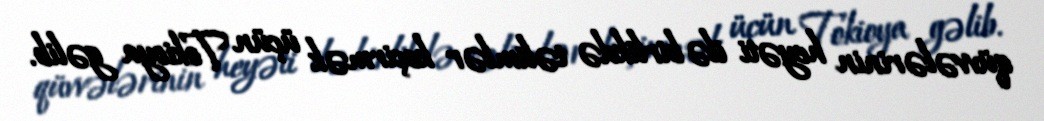
qüvvələrinin heyəti ilə birlikdə təlimlər keçirmək üçün Tokioya gəlib.